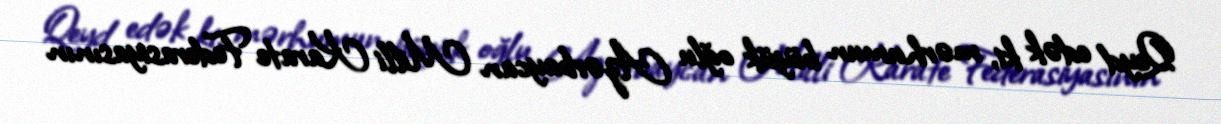
Qeyd edək ki, mərhumun böyük oğlu Azərbaycan Milli Karate Federasiyasının